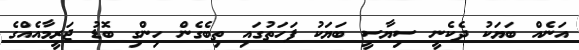
އަނެއް ބަޔަކު ދެކެނީ ސިޔާސީ ބަޔަކު ފަހަތުގައި ތިބެގެން ހިންގި ބޮޑު ޖަރީމާއެއްގެ